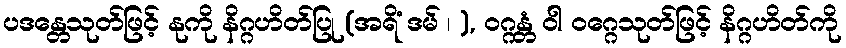
ပဒန္တေသုတ်ဖြင့် နုကို နိဂ္ဂဟိတ်ပြု (အရိံ ဒမ် ၊ ), ဝဂ္ဂန္တံ ဝါ ဝဂ္ဂေသုတ်ဖြင့် နိဂ္ဂဟိတ်ကို